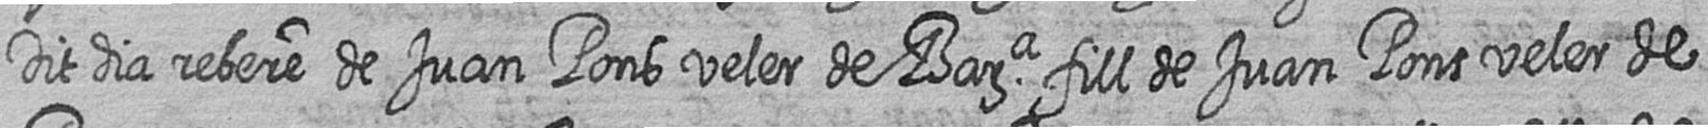
Dit dia rebere de Juan Pons veler de Bara fill de Juan Pons veler de